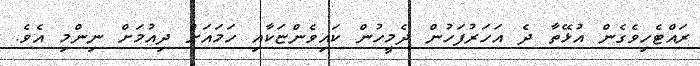
ރައްޓެހިވެގެން އުޅޭތާ ދެ އަހަރުފަހުން ދެމީހުން ކައިވެންޏަކާއި ހަމައަށް ދިއުމަށް ނިންމި އެވެ.